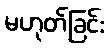
မဟုတ်ခြင်း